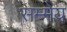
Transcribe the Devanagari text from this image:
सम्मेय